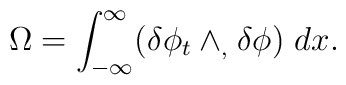
\Omega=\int_{-\infty}\sp{\infty}(\delta \phi_{t}\wedge_{,}\delta \phi)\hspace{.05in}dx.